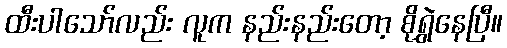
ထီးပါသော်လည်း လူက နည်းနည်းတော့ စိုရွှဲနေပြီ။